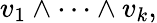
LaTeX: v_{1}\wedge\cdots\wedge v_{k},